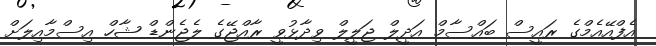
އެފްއޭއެމްގެ ރައީސް ބައްސާމް އަދީލް ޖަލީލް ވިދާޅުވީ ރާއްޖޭގެ ލެޖެންޑް ޝާހް އިސްމާއިލަށް